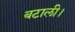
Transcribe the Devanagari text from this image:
बटाली।